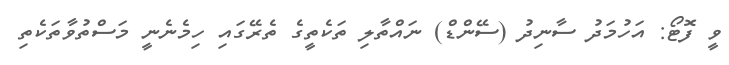
ވީ ފޮޓޯ: އަހުމަދު ސާނިދު (ސޭންޑް) ނައްތާލި ތަކެތީގެ ތެރޭގައި ހިމެނެނީ މަސްތުވާތަކެތި